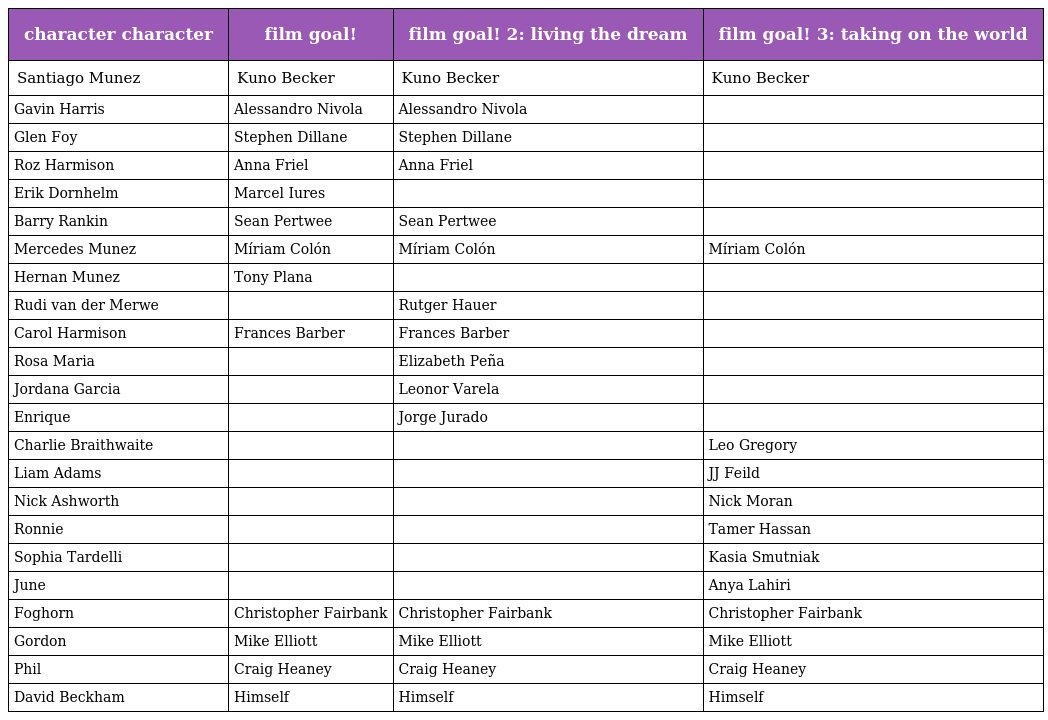
| character character | film goal! | film goal! 2: living the dream | film goal! 3: taking on the world |
 | --- | --- | --- | --- |
 | Santiago Munez | Kuno Becker | Kuno Becker | Kuno Becker |
 | Gavin Harris | Alessandro Nivola | Alessandro Nivola |  |
 | Glen Foy | Stephen Dillane | Stephen Dillane |  |
 | Roz Harmison | Anna Friel | Anna Friel |  |
 | Erik Dornhelm | Marcel Iures |  |  |
 | Barry Rankin | Sean Pertwee | Sean Pertwee |  |
 | Mercedes Munez | Míriam Colón | Míriam Colón | Míriam Colón |
 | Hernan Munez | Tony Plana |  |  |
 | Rudi van der Merwe |  | Rutger Hauer |  |
 | Carol Harmison | Frances Barber | Frances Barber |  |
 | Rosa Maria |  | Elizabeth Peña |  |
 | Jordana Garcia |  | Leonor Varela |  |
 | Enrique |  | Jorge Jurado |  |
 | Charlie Braithwaite |  |  | Leo Gregory |
 | Liam Adams |  |  | JJ Feild |
 | Nick Ashworth |  |  | Nick Moran |
 | Ronnie |  |  | Tamer Hassan |
 | Sophia Tardelli |  |  | Kasia Smutniak |
 | June |  |  | Anya Lahiri |
 | Foghorn | Christopher Fairbank | Christopher Fairbank | Christopher Fairbank |
 | Gordon | Mike Elliott | Mike Elliott | Mike Elliott |
 | Phil | Craig Heaney | Craig Heaney | Craig Heaney |
 | David Beckham | Himself | Himself | Himself |